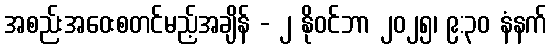
အစည်းအဝေးစတင်မည့်အချိန် - ၂ နိုဝင်ဘာ ၂၀၂၅၊ ၉:၃၀ နံနက်